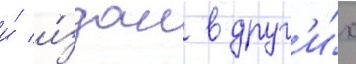
и́ и́здан в друг'и́х